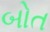
બોત